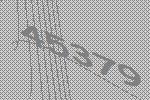
45379